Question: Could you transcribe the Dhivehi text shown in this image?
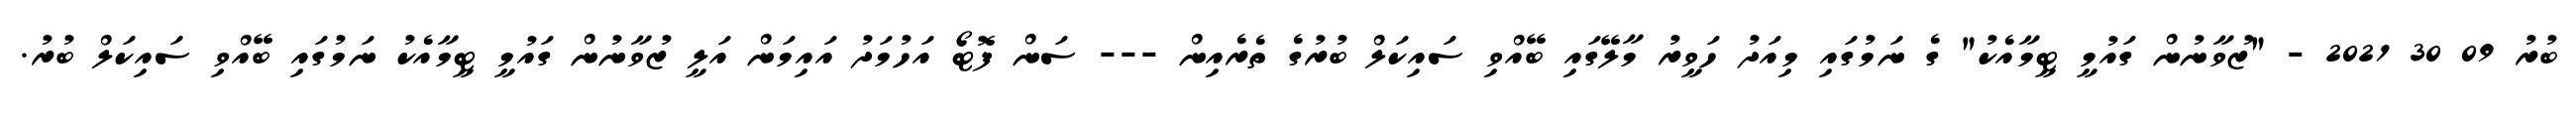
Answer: ބުރު 09 30 2021 - "ޒުވާނުން ގައުމީ ޓީމާއެކު" ގެ ނަމުގައި މިއަދު ހަވީރު މާލޭގައި ބޭއްވި ސައިކަލް ބުރުގެ ތެރެއިން --- ސަން ފޮޓޯ އަހުމަދު އައިމަން އަލީ ޒުވާނުން ގައުމީ ޓީމާއެކު ނަމުގައި ބޭއްވި ސައިކަލް ބުރު.